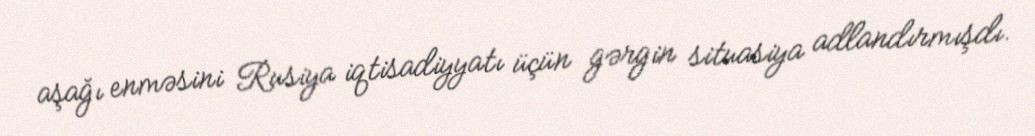
aşağı enməsini Rusiya iqtisadiyyatı üçün gərgin situasiya adlandırmışdı.